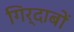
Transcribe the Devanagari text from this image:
गिर्दाबों